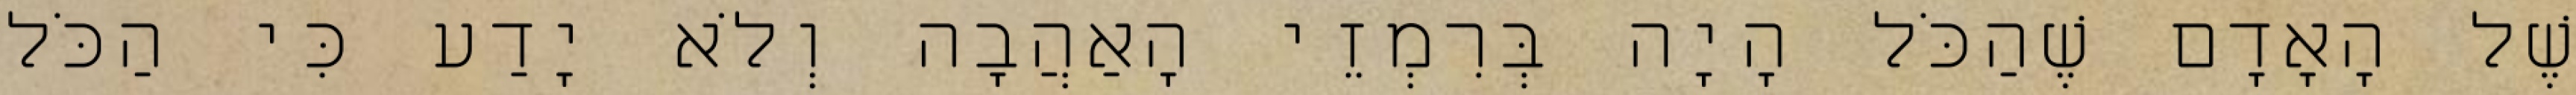
שֶׁל הָאָדָם שֶׁהַכֹּל הָיָה בְּרִמְזֵי הָאַהֲבָה וְלֹא יָדַע כִּי הַכֹּל